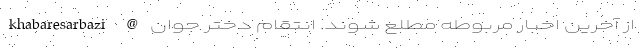
khabaresarbazi @ از آخرین اخبار مربوطه مطلع شوند. انتقام دختر جوان